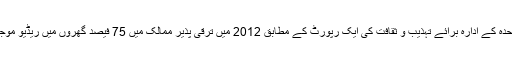
اقوامِ متحدہ کے ادارہ برائے تہذیب و ثقافت کی ایک رپورٹ کے مطابق 2012 میں ترقی پذیر ممالک میں 75 فیصد گھروں میں ریڈیو موجود ہے۔